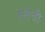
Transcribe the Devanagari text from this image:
तरोची